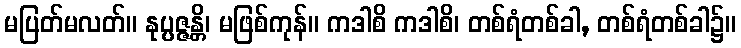
မပြတ်မလတ်။ နုပ္ပဇ္ဇန္တိ၊ မဖြစ်ကုန်။ ကဒါစိ ကဒါစိ၊ တစ်ရံတစ်ခါ, တစ်ရံတစ်ခါ၌။